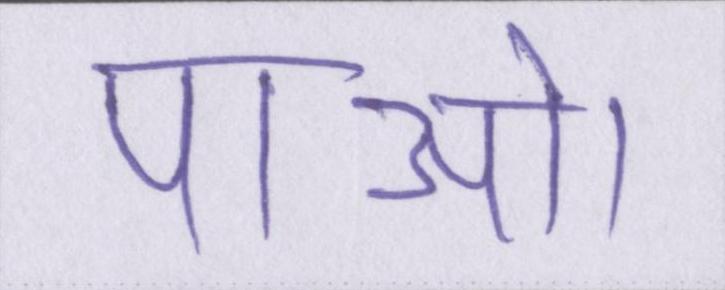
पाओ।